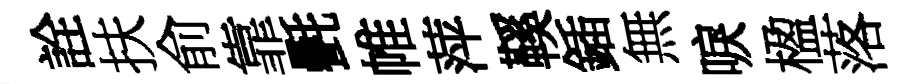
詮扶俞靠㲲帷萍鞵鍤無唳楹落